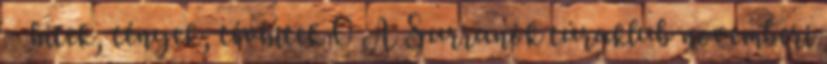
– hitek, tények, tévhitek 0 A Surranók túraklub novemberi